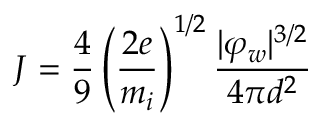
J = { \frac { 4 } { 9 } } \left( { \frac { 2 e } { m _ { i } } } \right) ^ { 1 / 2 } { \frac { | \varphi _ { w } | ^ { 3 / 2 } } { 4 \pi d ^ { 2 } } }